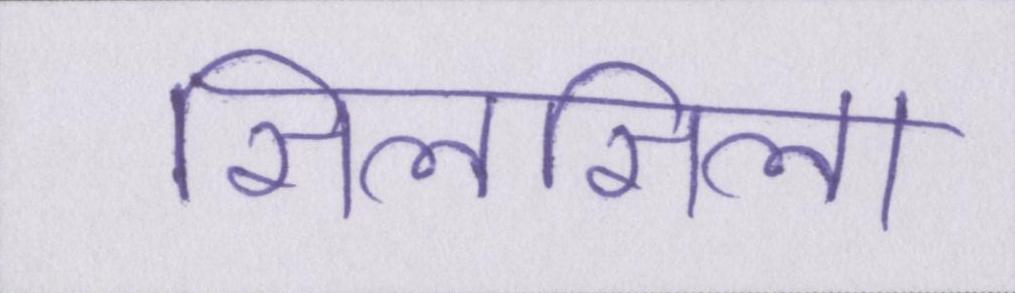
सिलसिला